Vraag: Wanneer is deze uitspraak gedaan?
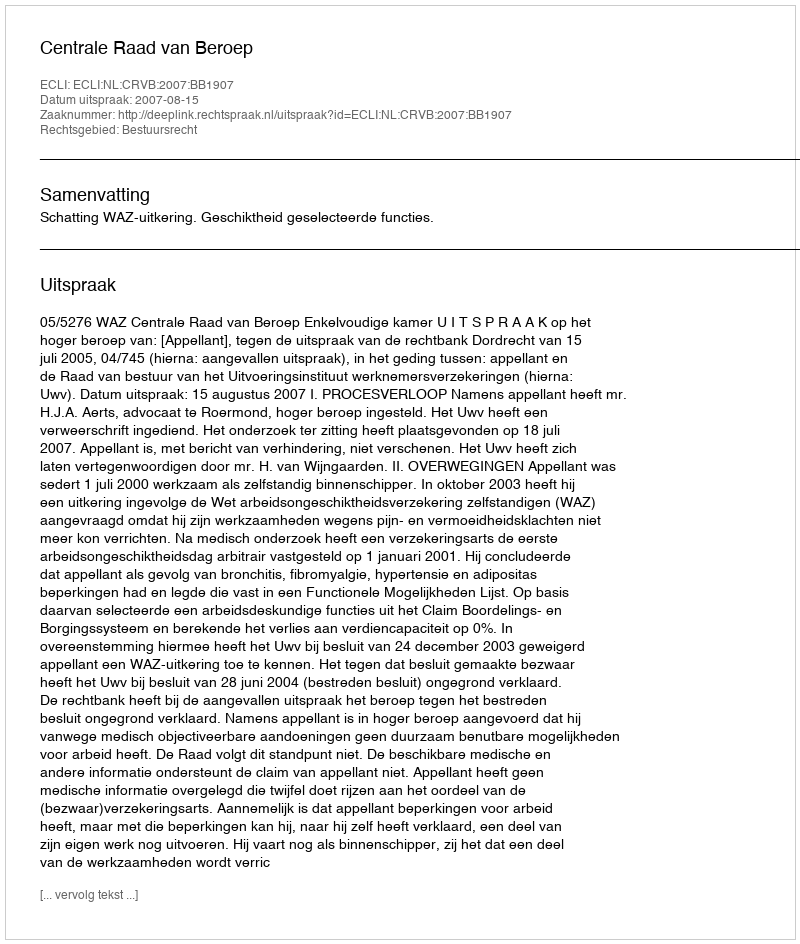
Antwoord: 2007-08-15